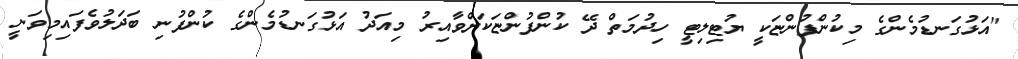
"އަޅުގަނޑުމެންގެ މިކުންފުންޏަކީ ޔުޓިލިޓީ ހިދުމަތް ދޭ ކުންފުންޏަކަށްވާއިރު މިއަދު އަޅުގަނޑުމެންގެ ކުންފުނި ބަދަލުވެފައިމިވަނީ